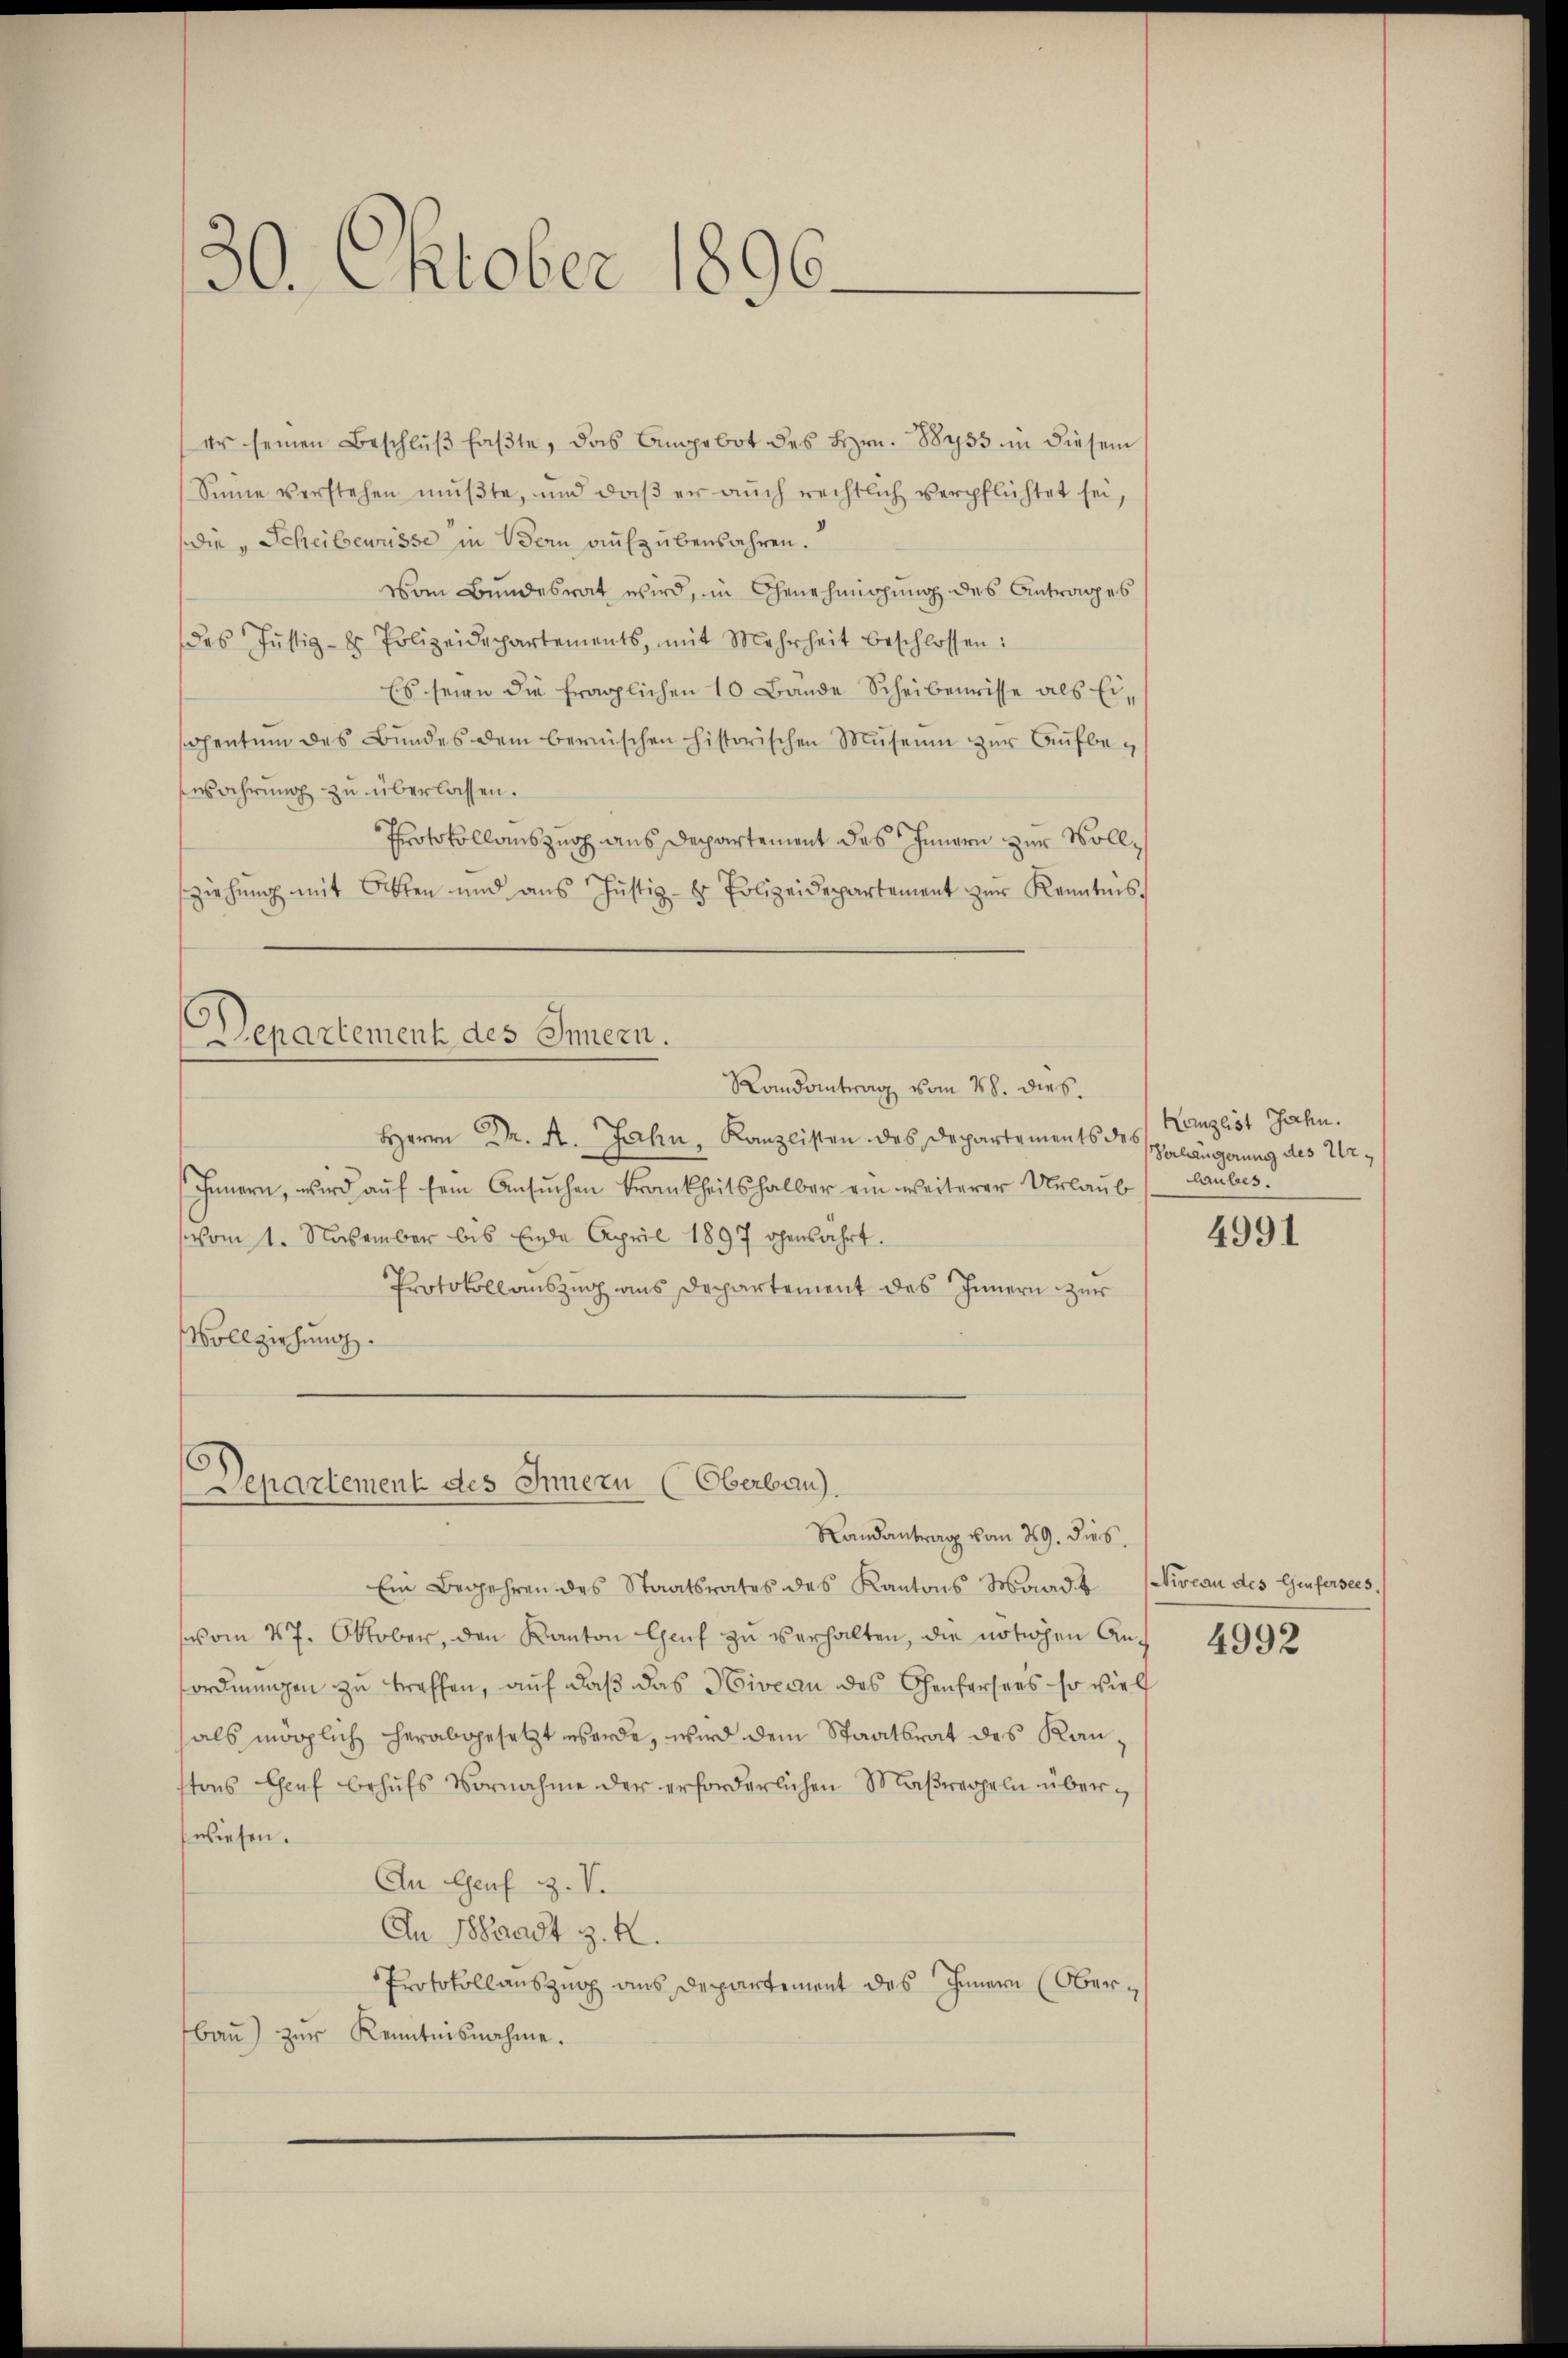
30. Oktober 1896.

er seinen Beschlŭβ faßte, das Angebot des Hrn. 88455 in diesem
Sinne verstehen mußte, und daß er auch rechtlich verpflichtet sei,
die „Scheibewüsse in Bern aufzubenbahren.
vom Bundesrat wird, in Genehmigung des Antrages
des Jŭstiz- & Polizeidepartements, mit Mehrheit beschlossen:
Es seien die fraglichen 10 Bande Scheibenwisse als Eischentum des Bundes dem bernischen historischen Museum zŭr Aŭfbewahrung zu überlassen.
Protokollauszug aus Departement des Innern zur Vollsziehung mit Otten und ans Justiz- & Polizeidepartement zŭr Kenntnis,
Departement des Innern.
Randantrag vom 28. dies
Herrn Dr. A. Jahn, Kanzlisten des Departements des Herzlist Jahn
Innern, wird aŭf sein Ansŭchen Frankheitshalber ein weiterer Urlaub
vom 1. November bis Ende April 1897 gensahrt.
Protokollauszug aus Departement des Innern zur
Vollziehung.

Departement des Innern (Oberbau).
Randantrag vom 29. dies

Verlängerung des Urlaubes

Ein Begehren des Staatsrates des Kantons Monds (Niveau des Genfersees,
vom 27. Oktober, den Kanton Genf zu verhalten, die nötigen Anfordnungen zu treffen, auf daß das Niveau des Genfersees so viel
hals möglich herabgesetzt werde, wird dem Staatsrat des Kantons Genf behŭfs Vornahme der erforderlichen Maßregeln überwiesen.
An Genf Z. V.
An Waadt z. R.
Protokoll auszug aus Departement das Innern (Oberbau) zur Kenntnisnahme.

4991

4992